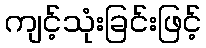
ကျင့်သုံးခြင်းဖြင့်